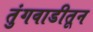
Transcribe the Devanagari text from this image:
तुंगवाडीतून